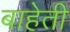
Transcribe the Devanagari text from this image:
बाहेती